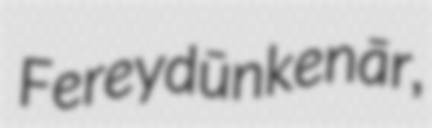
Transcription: Fereydūnkenār,